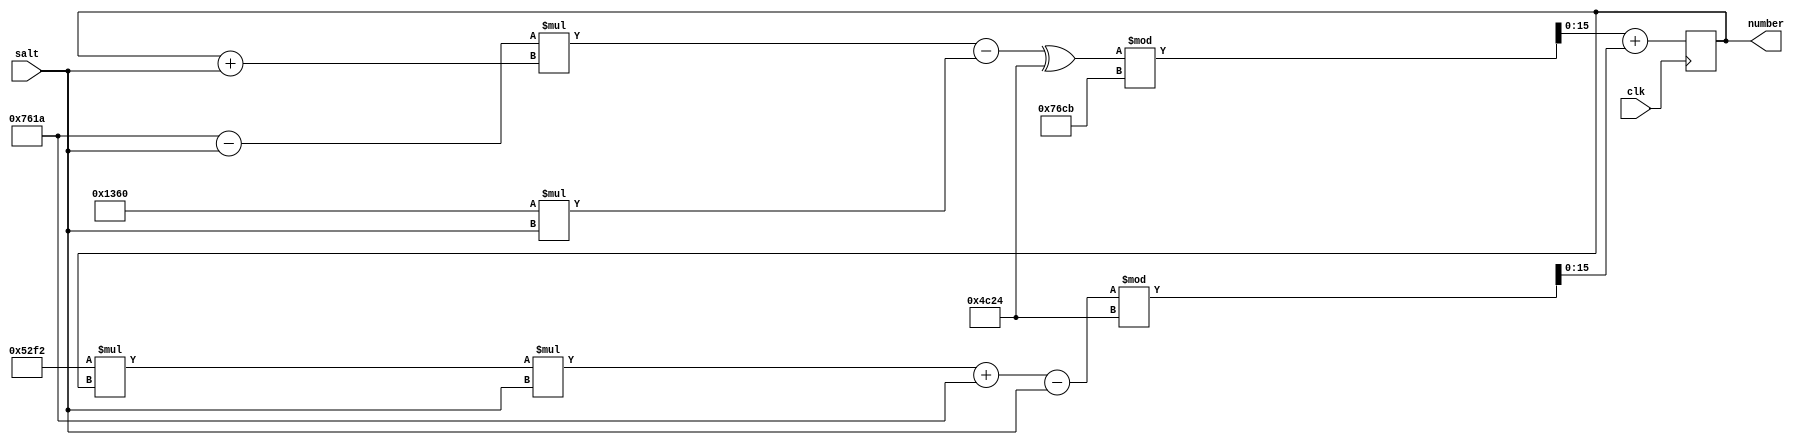
`timescale 1ns / 1ps
//////////////////////////////////////////////////////////////////////////////////
// Company: 
// 
// Design Name: Pseudo Random number generator 
// Module Name: rng
// Project Name: 
// Target Devices: 
// Tool Versions: 
// Description: generate random 32 bit number on each clock
// 
// Dependencies: 
// 
// Revision:
// Revision 0.01 - File Created
// Additional Comments:
// 
//////////////////////////////////////////////////////////////////////////////////


module rng(
        clk,
        salt,
        number
    );
    
   input wire clk;
   input wire [15:0] salt;
   output reg [15:0] number;
    
    parameter [16:0] seed = 10;
    
    parameter [16:0] a = 16'd30234;
    parameter [16:0] b = 16'd4960;
    parameter [16:0] c = 16'd30411;
    parameter [16:0] d = 16'd19492;
    parameter [16:0] e = 16'd21234;
    
    initial begin
        number = seed;
    end
    
    always @(posedge clk) begin
        // just random messy formula
        number = (((a-salt)*(number+salt) - b*salt)^d)%c + (e*number*salt + a - salt)%d;
    end
endmodule